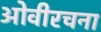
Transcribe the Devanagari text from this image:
ओवीरचना